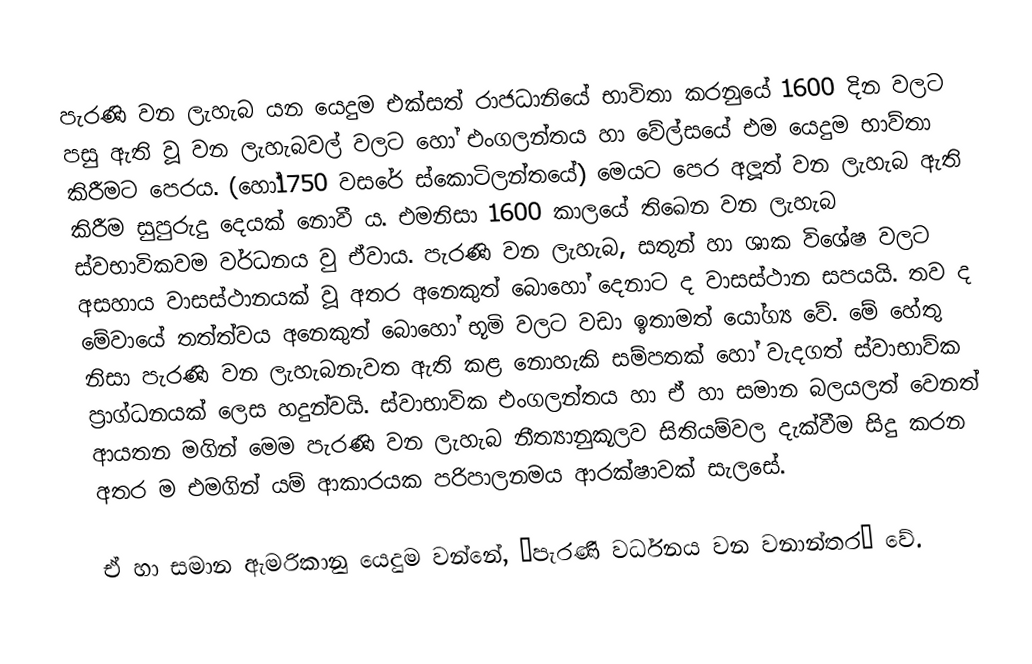
පැරණි වන ලැහැබ යන යෙදුම එක්සත් රාජධානියේ භාවිතා කරනුයේ 1600 දින වලට පසු ඇති වූ වන ලැහැබවල් වලට හෝ එංගලන්තය හා වේල්සයේ එම යෙදුම භාව්තා කිරීමට පෙරය. (හෝ1750 වසරේ ස්කොටිලන්තයේ) මෙයට පෙර අලූත් වන ලැහැබ ඇති කිරීම සුපුරුදු දෙයක් නොවී ය. එමනිසා 1600 කාලයේ තිඛෙන වන ලැහැබ ස්වභාවිකවම වර්ධනය වු ඒවාය. පැරණි වන ලැහැබ, සතුන් හා ශාක විශේෂ වලට අසහාය වාසස්ථානයක් වූ අතර අනෙකුත් බොහෝ දෙනාට ද වාසස්ථාන සපයයි. තව ද මේවායේ තත්ත්වය අනෙකුත් බොහෝ භූමි වලට වඩා ඉතාමත් යෝග්‍ය වේ. මේ හේතු නිසා පැරණි වන ලැහැබනැවත ඇති කළ නොහැකි සම්පතක් හෝ වැදගත් ස්වාභාව්ක ප්‍රාග්ධනයක් ලෙස හදුන්වයි. ස්වාභාවික එංගලන්තය හා ඒ හා සමාන බලයලත් වෙනත් ආයතන මගින් මෙම පැරණි වන ලැහැබ නීත්‍යානුකූලව සිතියම්වල දැක්වීම සිදු කරන අතර ම එමගින් යම් ආකාරයක පරිපාලනමය ආරක්ෂාවක් සැලසේ.

ඒ හා සමාන ඇමරිකානු යෙදුම වන්නේ, “පැරණි වර්ධනය වන වනාන්තර” වේ.